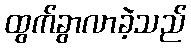
ထွက်ခွာလာခဲ့သည်